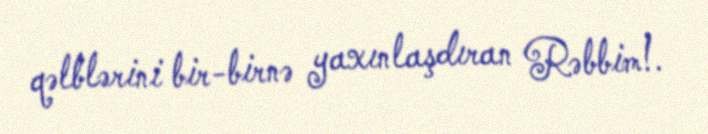
qəlblərini bir-birnə yaxınlaşdıran Rəbbim!.